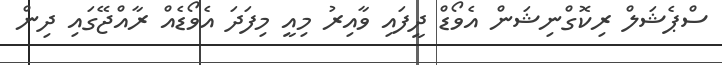
ސްޕެޝަލް ރިކޮގްނިޝަން އެވޯޑް ދީފައި ވާއިރު މިއީ މިފަދަ އެވޯޑެއް ރާއްޖޭގައި ދިން